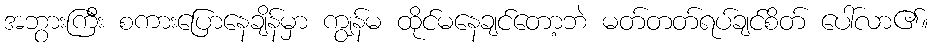
အဘွားကြီး စကားပြောနေချိန်မှာ ကျွန်မ ထိုင်မနေချင်တော့ဘဲ မတ်တတ်ရပ်ချင်စိတ် ပေါ်လာ၏။